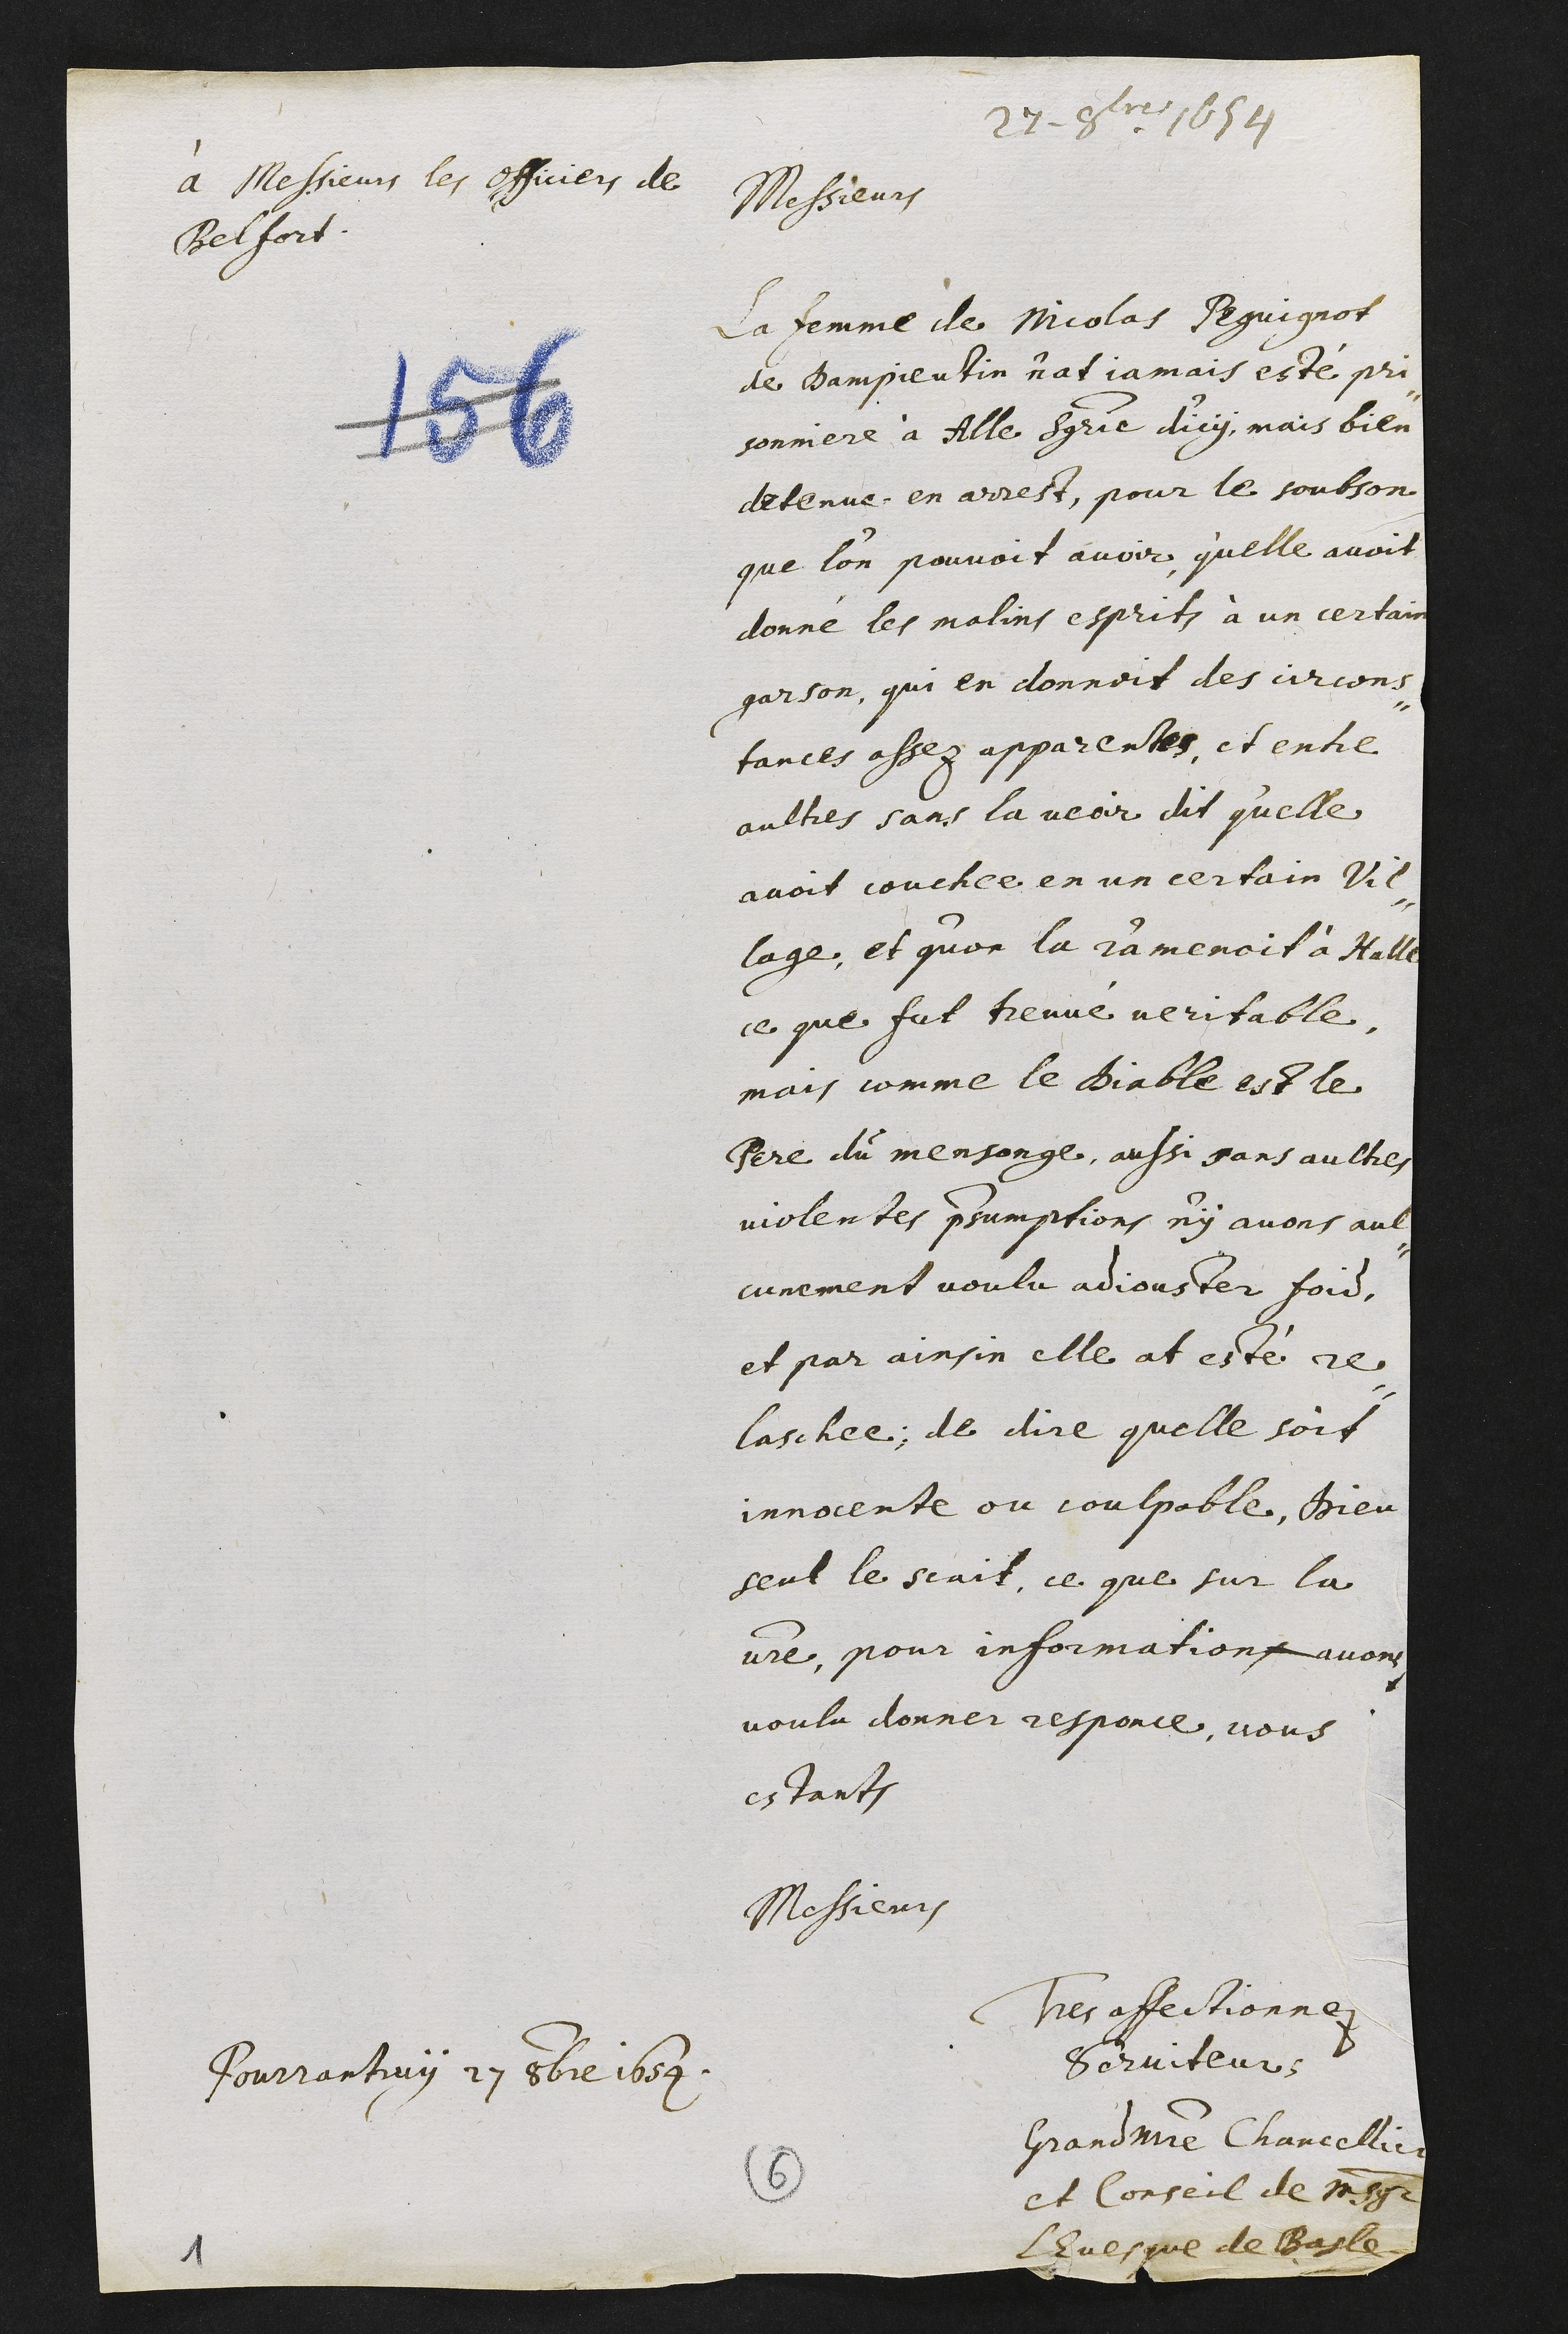
27 - 8bres 1654
à Messieurs les officiers de
Belfort
Messieurs
La femme de Nicolas Pequignot
de Dampieutin n’at jamais esté pri-
sonniere à Alle seigneurie d’icy, mais bien
detenue en arrest, pour le soubson
que l’on pouvoit avoir, qu’elle avoit
donné les malins esprits à un certain
garson, qui en donnoit des circons-
tances assez apparentes, et entre
aultres sans la veoir dit qu’elle
avoit couchee en un certain vil-
lage, et qu’on la ramenoit à Alle
ce que fut treuvé veritable,
mais comme le Diable est le
pere du mensonge, aussi sans aultres
violentes presumptions n'y avons aul-
cunement voulu adjouster fois,
et par ainsin elle at esté re-
laschee; de dire qu’elle soit
innocente ou coulpable, Dieu
seul le scait, ce que sur la
votre, pour informations avons
voulu donner responce, vous
estants
Messieurs
Tres affectionnez
serviteurs
Grandmaistre Chancellier
et Conseil de monseigneur
lEvesque de Basle
Pourrantruy 27 8bre 1654.